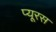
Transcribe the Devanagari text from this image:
प्यूरस